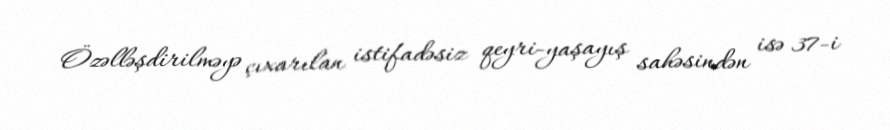
Özəlləşdirilməyə çıxarılan istifadəsiz qeyri-yaşayış sahəsindən isə 37-i